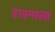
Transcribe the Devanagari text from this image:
रंजनाला